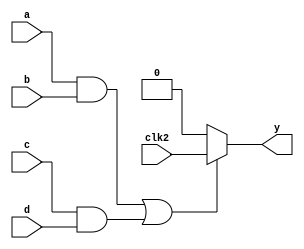
`timescale 1ns/1ps
`default_nettype none

module id(
    output wire y,
    input wire a,
    input wire b,
    input wire c,
    input wire d,
    input wire clk2
);

assign y = ((a & b) | (c & d)) ? clk2 : 1'b0;

endmodule
`default_nettype wire